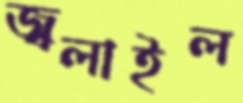
জ্বলাইল